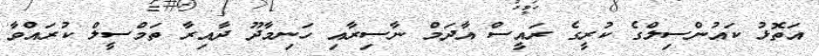
އަތޮޅު ކައުންސިލްގެ ކުރީގެ ރައީސް އާދަމް ނާސިރާއި ހަނިމާދޫ ދާއިރާ ތަމްސީލް ކުރައްވާ